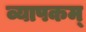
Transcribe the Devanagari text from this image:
व्यापकम्